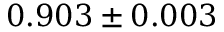
0 . 9 0 3 \pm 0 . 0 0 3